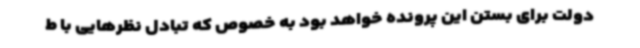
دولت برای بستن این پرونده خواهد بود به خصوص که تبادل نظرهایی با ط